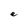
Character: e